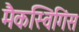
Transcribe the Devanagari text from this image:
मैकस्विगिंस